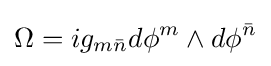
\Omega =ig_{m{\bar {n}}}d\phi ^{m}\wedge d\phi ^{\bar {n}}